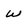
Character: W